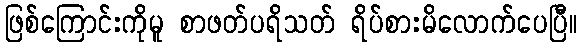
ဖြစ်ကြောင်းကိုမူ စာဖတ်ပရိသတ် ရိပ်စားမိလောက်ပေပြီ။